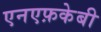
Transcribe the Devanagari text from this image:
एनएफ़केबी